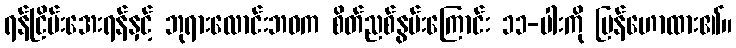
ရန်ငြိမ်းအေးရန်နှင့် ဘုရားလောင်းဘဝက စိတ်ညစ်နွမ်းကြောင်း ၁၁-ပါးကို ပြန်ဟောထား၏။